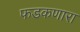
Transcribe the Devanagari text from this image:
फडकणारा